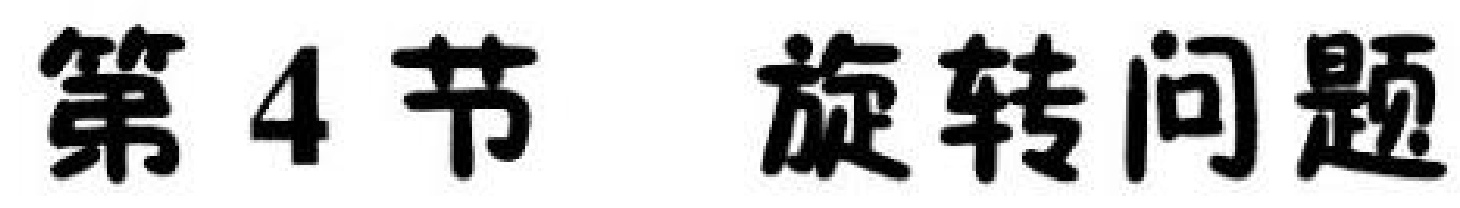
第 4 节 旋转问题